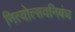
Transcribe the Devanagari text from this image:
नित्योत्सवनिबंध